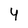
Character: 4